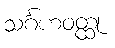
သင်္ဂဟဝတ္ထု